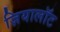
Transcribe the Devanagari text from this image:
ज़ियालॉट